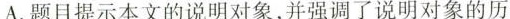
A.题目提示本文的说明对象，并强调了说明对象的历